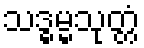
သဒ္ဓမ္မသုတ္တံ